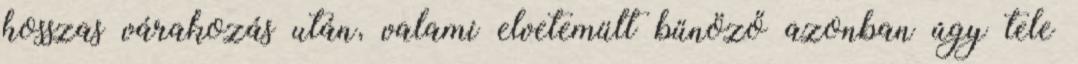
hosszas várakozás után, valami elvetemült bűnöző azonban úgy tele